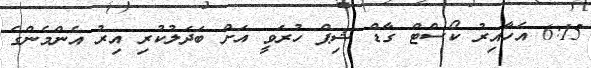
6:15 އެހާއިރު ކޯސްޓް ގާޑް ޝިޕް ހުރަވީ އަށް ބަދަލުކުރި އިރު އެންމެންގެ